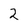
Character: 2